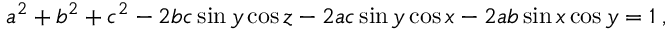
a ^ { 2 } + b ^ { 2 } + c ^ { 2 } - 2 b c \sin y \cos z - 2 a c \sin y \cos x - 2 a b \sin x \cos y = 1 \; ,